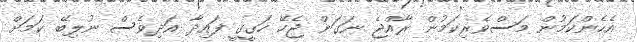
އެހެންކަމުން މަސްވެރިކަމުން ރާއްޖެ ނަގަން ޖެހޭ ހަގީގީ ފައިދާ އަދިވެސް ނުލިބޭ ކަމަށް